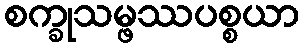
စက္ခုသမ္ဖဿပစ္စယာ